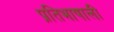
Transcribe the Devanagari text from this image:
प्रतिभाषाली